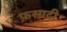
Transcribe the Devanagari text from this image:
फ़सादी